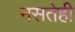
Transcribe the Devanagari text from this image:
नसतेही